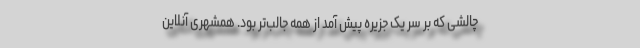
چالشی که بر سر یک جزیره پیش آمد از همه جالب‌تر بود. همشهری آنلاین